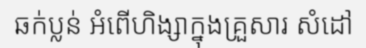
ឆក់ប្លន់ អំពើហិង្សាក្នុងគ្រួសារ សំដៅ